Report on vaccination in the Province of Bengal - 1869-1873
Year: 1869
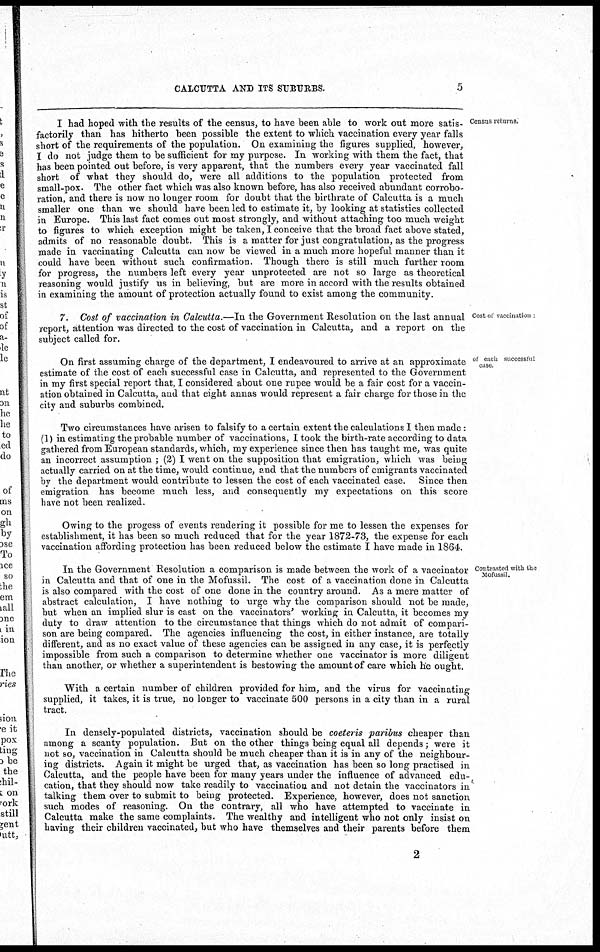
CALCUTTA AND ITS SUBURBS.
5
Census returns.
I had hoped with the results of the census, to have been able to work out more satis-
factorily than has hitherto been possible the extent to which vaccination every year falls
short of the requirements of the population. On examining the figures supplied, however,
I do not judge them to be sufficient for my purpose. In working with them the fact, that
has been pointed out before, is very apparent, that the numbers every year vaccinated fall
short of what they should do, were all additions to the population protected from
small-pox. The other fact which was also known before, has also received abundant corrobo-
ration, and there is now no longer room for doubt that the birthrate of Calcutta is a much
smaller one than we should have been led to estimate it, by looking at statistics collected
in Europe. This last fact comes out most strongly, and without attaching too much weight
to figures to which exception might be taken, I conceive that the broad fact above stated,
admits of no reasonable doubt. This is a matter for just congratulation, as the progress
made in vaccinating Calcutta can now be viewed in a much more hopeful manner than it
could have been without such confirmation. Though there is still much further room
for progress, the numbers left every year unprotected are not so large as theoretical
reasoning would justify us in believing, but are more in accord with the results obtained
in examining the amount of protection actually found to exist among the community.
Cost of vaccination .
7. Cost of vaccination in Calcutta.—In the Government Resolution on the last annual
report, attention was directed to the cost of vaccination in Calcutta, and a report on the
subject called for.
of each successful
case
On first assuming charge of the department, I endeavoured to arrive at an approximate
estimate of the cost of each successful case in Calcutta, and represented to the Government
in my first special report that, I considered about one rupee would be a fair cost for a vaccin-
ation obtained in Calcutta, and that eight annas would represent a fair charge for those in the
city and suburbs combined.
Two circumstances have arisen to falsify to a certain extent the calculations I then made:
(1) in estimating the probable number of vaccinations, I took the birth-rate according to data
gathered from European standards, which, my experience since then has taught me, was quite
an incorrect assumption ; (2) I went on the supposition that emigration, which was being
actually carried on at the time, would continue, and that the numbers of emigrants vaccinated
by the department would contribute to lessen the cost of each vaccinated case. Since then
emigration has become much less, and consequently my expectations on this score
have not been realized.
Owing to the progess of events rendering it possible for me to lessen the expenses for
establishment, it has been so much reduced that for the year 1872-73, the expense for each
vaccination affording protection has been reduced below the estimate I have made in 1864.
Contrasted with the
Mofussil.
In the Government Resolution a comparison is made between the work of a vaccinator
in Calcutta and that of one in the Mofussil. The cost of a vaccination done in Calcutta
is also compared with the cost of one done in the country around. As a mere matter of
abstract calculation, I have nothing to urge why the comparison should not be made,
but when an implied slur is cast on the vaccinators' working in Calcutta, it becomes my
duty to draw attention to the circumstance that things which do not admit of compari-
son are being compared. The agencies influencing the cost, in either instance, are totally
different, and as no exact value of these agencies can be assigned in any case, it is perfectly
impossible from such a comparison to determine whether one vaccinator is more diligent
than another, or whether a superintendent is bestowing the amount of care which he ought.
With a certain number of children provided for him, and the virus for vaccinating
supplied, it takes, it is true, no longer to vaccinate 500 persons in a city than in a rural
tract.
In densely-populated districts, vaccination should be coeteris paribus cheaper than
among a scanty population. But on the other things being equal all depends; were it
not so, vaccination in Calcutta should be much cheaper than it is in any of the neighbour-
ing districts. Again it might be urged that, as vaccination has been so long practised in
Calcutta, and the people have been for many years under the influence of advanced edu-
cation, that they should now take readily to vaccination and not detain the vaccinators in
talking them over to submit to being protected. Experience, however, does not sanction
such modes of reasoning. On the contrary, all who have attempted to vaccinate in
Calcutta make the same complaints. The wealthy and intelligent who not only insist on
having their children vaccinated, but who have themselves and their parents before them
2